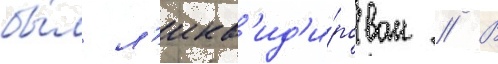
бы́л л'икв'ид'и́рован // В